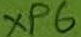
Text: XP6